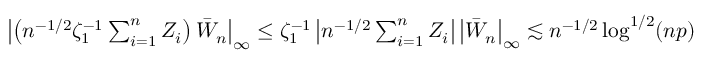
\begin{array} { r } { \left| \left( n ^ { - 1 / 2 } \zeta _ { 1 } ^ { - 1 } \sum _ { i = 1 } ^ { n } Z _ { i } \right) \bar { W } _ { n } \right| _ { \infty } \leq \zeta _ { 1 } ^ { - 1 } \left| n ^ { - 1 / 2 } \sum _ { i = 1 } ^ { n } Z _ { i } \right| \left| \bar { W } _ { n } \right| _ { \infty } \lesssim n ^ { - 1 / 2 } \log ^ { 1 / 2 } ( n p ) } \end{array}